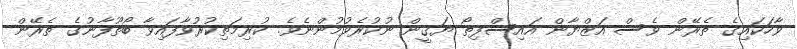
ވާހަކައިގެ ތެރޭން ވެސް އަޒްޔާން އައިސްފިތޯ ޔަޤީން ނުކުރެވުމުންނެވެ. ކުރިމަތިކުރުވާފައިވާ ބޯތޫފާނުގެ ތެރޭން